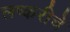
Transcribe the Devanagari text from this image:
लष्करीचे